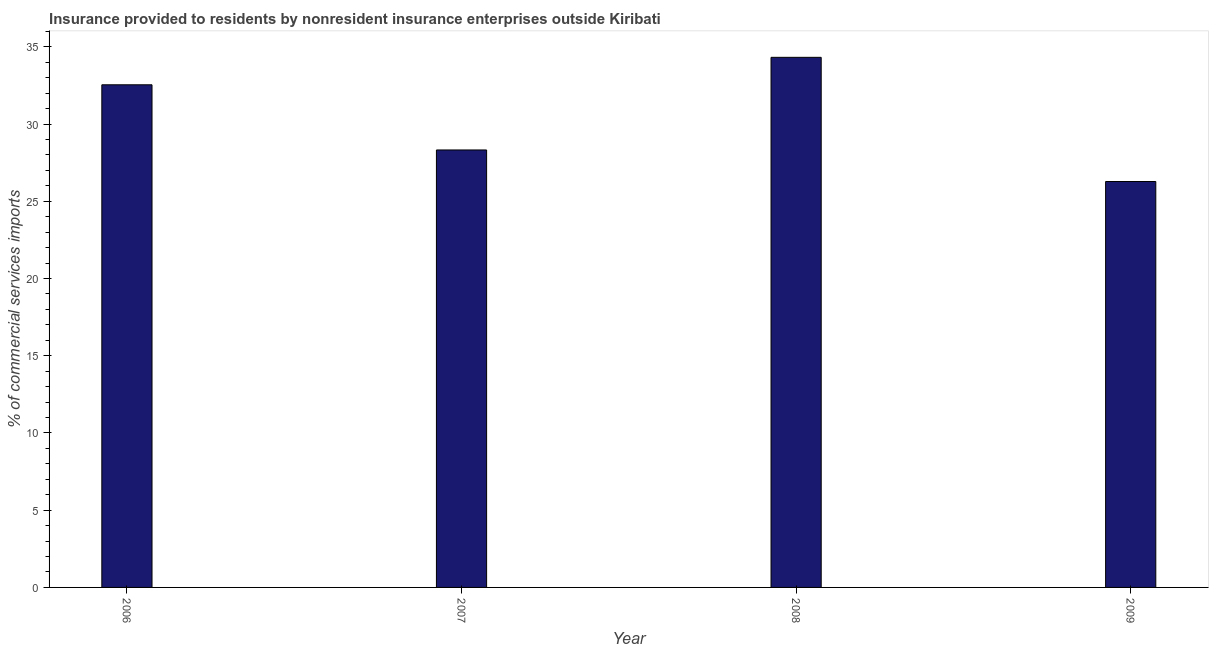
| Year | Insurance provided by non-residents |
 | --- | --- |
 | 2006 | 32.5 |
 | 2007 | 28.3 |
 | 2008 | 34.3 |
 | 2009 | 26.3 |